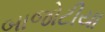
બાજોટીયા